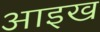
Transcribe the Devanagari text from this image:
आइख